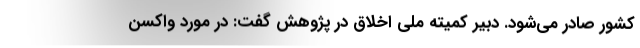
کشور صادر می‌شود. دبیر کمیته‌ ملی اخلاق در پژوهش گفت: در مورد واکسن